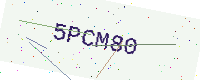
Text: 5PCM80